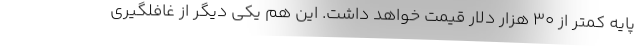
پایه کمتر از 30 هزار دلار قیمت خواهد داشت. این هم یکی دیگر از غافلگیری